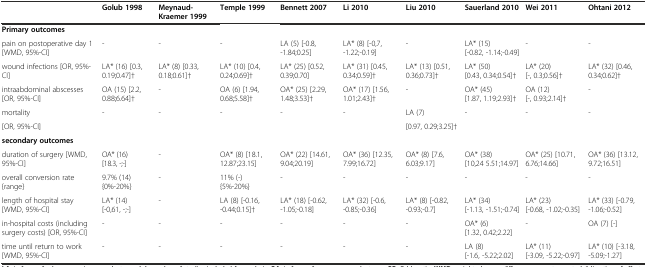
<table><thead><tr><td></td><td><b>Golub 1998</b></td><td><b>Meynaud-Kraemer 1999</b></td><td><b>Temple 1999</b></td><td><b>Bennett 2007</b></td><td><b>Li 2010</b></td><td><b>Liu 2010</b></td><td><b>Sauerland 2010</b></td><td><b>Wei 2011</b></td><td><b>Ohtani 2012</b></td></tr></thead><tbody><tr><td><b>Primary outcomes</b></td><td></td><td></td><td></td><td></td><td></td><td></td><td></td><td></td><td></td></tr><tr><td>pain on postoperative day 1 [WMD, 95%-CI]</td><td>-</td><td>-</td><td>-</td><td>LA (5) [-0.8, -1.84;0.25]</td><td>LA* (8) [-0,7, -1.22;-0.19]</td><td>-</td><td>LA* (15) [-0.82, -1.14;-0.49]</td><td>-</td><td>-</td></tr><tr><td>wound infections [OR, 95%-CI]</td><td>LA* (16) [0.3, 0.19;0.47]†</td><td>LA* (8) [0.33, 0.18;0.61]†</td><td>LA* (10) [0.4, 0.24;0.69]†</td><td>LA* (25) [0.52, 0.39;0.70]</td><td>LA* (31) [0.45, 0.34;0.59]†</td><td>LA* (13) [0.51, 0.36;0.73]†</td><td>LA* (50) [0.43, 0.34;0.54]†</td><td>LA* (20) [-, 0.3;0.56]†</td><td>LA* (32) [0.46, 0.34;0.62]†</td></tr><tr><td>intraabdominal abscesses [OR, 95%-CI]</td><td>OA (15) [2.2, 0.88;6.64]†</td><td>-</td><td>OA (6) [1.94, 0.68;5.58]†</td><td>OA* (25) [2.29, 1.48;3.53]†</td><td>OA* (17) [1.56, 1.01;2.43]†</td><td>-</td><td>OA* (45) [1.87, 1.19;2.93]†</td><td>OA (12) [-, 0.93;2.14]†</td><td>-</td></tr><tr><td>mortality</td><td>-</td><td>-</td><td>-</td><td>-</td><td>-</td><td>LA (7)</td><td>-</td><td>-</td><td>-</td></tr><tr><td>[OR, 95%-CI]</td><td></td><td></td><td></td><td></td><td></td><td>[0.97, 0.29;3.25]†</td><td></td><td></td><td></td></tr><tr><td><b>secondary outcomes</b></td><td></td><td></td><td></td><td></td><td></td><td></td><td></td><td></td><td></td></tr><tr><td>duration of surgery [WMD, 95%-CI]</td><td>OA* (16) [18.3, -;-]</td><td>-</td><td>OA* (8) [18.1, 12.87;23.15]</td><td>OA* (22) [14.61, 9.04;20.19]</td><td>OA* (36) [12.35, 7.99;16.72]</td><td>OA* (8) [7.6, 6.03;9.17]</td><td>OA* (38) [10,24 5.51;14.97]</td><td>OA* (25) [10.71, 6.76;14.66]</td><td>OA* (36) [13.12, 9.72;16.51]</td></tr><tr><td>overall conversion rate {range}</td><td>9.7% (14) {0%-20%}</td><td>-</td><td>11% (-) {5%-20%}</td><td>-</td><td>-</td><td>-</td><td>-</td><td>-</td><td>-</td></tr><tr><td>length of hospital stay [WMD, 95%-CI]</td><td>LA* (14) [-0,61, -;-]</td><td>-</td><td>LA (8) [-0.16, -0.44;0.15]†</td><td>LA* (18) [-0.62, -1.05;-0.18]</td><td>LA* (32) [-0.6, -0.85;-0.36]</td><td>LA* (8) [-0.82, -0.93;-0.7]</td><td>LA* (34) [-1.13, -1.51;-0.74]</td><td>LA* (23) [-0.68, -1.02;-0.35]</td><td>LA* (33) [-0.79, -1.06;-0.52]</td></tr><tr><td>in-hospital costs (including surgery costs) [OR, 95%-CI]</td><td>-</td><td>-</td><td>-</td><td>-</td><td>-</td><td>-</td><td>OA* (6) [1.32, 0.42;2.22]</td><td>-</td><td>OA (7) [-]</td></tr><tr><td>time until return to work [WMD, 95%-CI]</td><td>-</td><td>-</td><td>-</td><td>-</td><td>-</td><td>-</td><td>LA (8) [-1.6, -5.22;2.02]</td><td>LA* (11) [-3.09, -5.22;-0.97]</td><td>LA* (10) [-3.18, -5.09;-1.27]</td></tr></tbody></table>